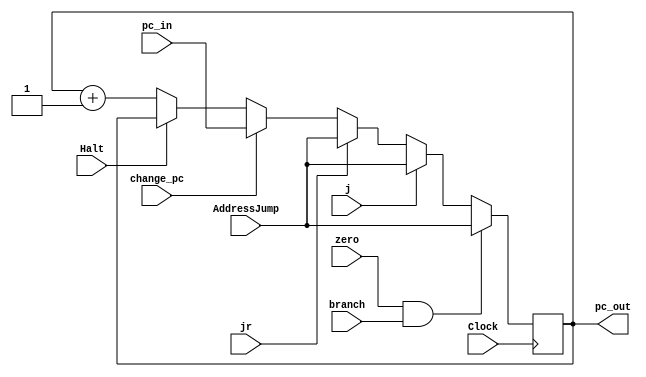
//Clock : receive the automatic clock
//Jump : receive the flag to jump
// AdressJump : receive the adress to jump
// Halt : block the program counter
// PC: sends the adress of instruction memory
 
module ProgramCounter(Clock, j , jr, zero , branch, change_pc, AddressJump, pc_in, Halt, pc_out);
	input      Clock , j, jr, zero, branch, change_pc, Halt;
	input  	  [31:0] AddressJump, pc_in;
	output     [31:0] pc_out;
	reg        [31:0] PC;
	
	always @ (posedge Clock) begin
		if (zero && branch) begin
			PC <= AddressJump;
		end
		else if (j) begin
			PC <= AddressJump;
		end
		else if (jr) begin
			PC <= AddressJump;
		end
		else if (change_pc) begin
			PC <= pc_in;
		end
		else if (!Halt) begin
			PC <= PC +1'b1;
		end
	end

	assign pc_out = PC;

endmodule